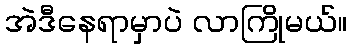
အဲဒီနေရာမှာပဲ လာကြိုမယ်။